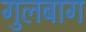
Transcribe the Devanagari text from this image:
गुलबाग